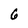
Character: 6